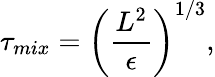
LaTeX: \tau_{mix}=\left(\frac{L^{2}}{\epsilon}\right)^{1/3},